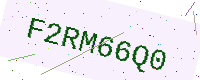
Text: F2RM66Q0